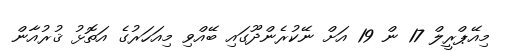
މިއޭޕްރީލް 17 ން 19 އަށް ނޭކުރެންދޫގައި ބޭއްވި މިއަހަރުގެ އަތޮޅު ޤުރުއާން